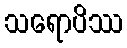
သရောပိဿ